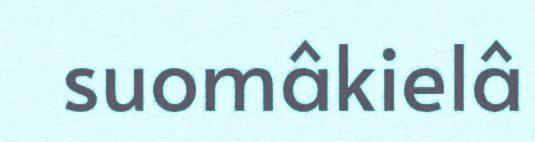
suomâkielâ